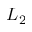
L _ { 2 }